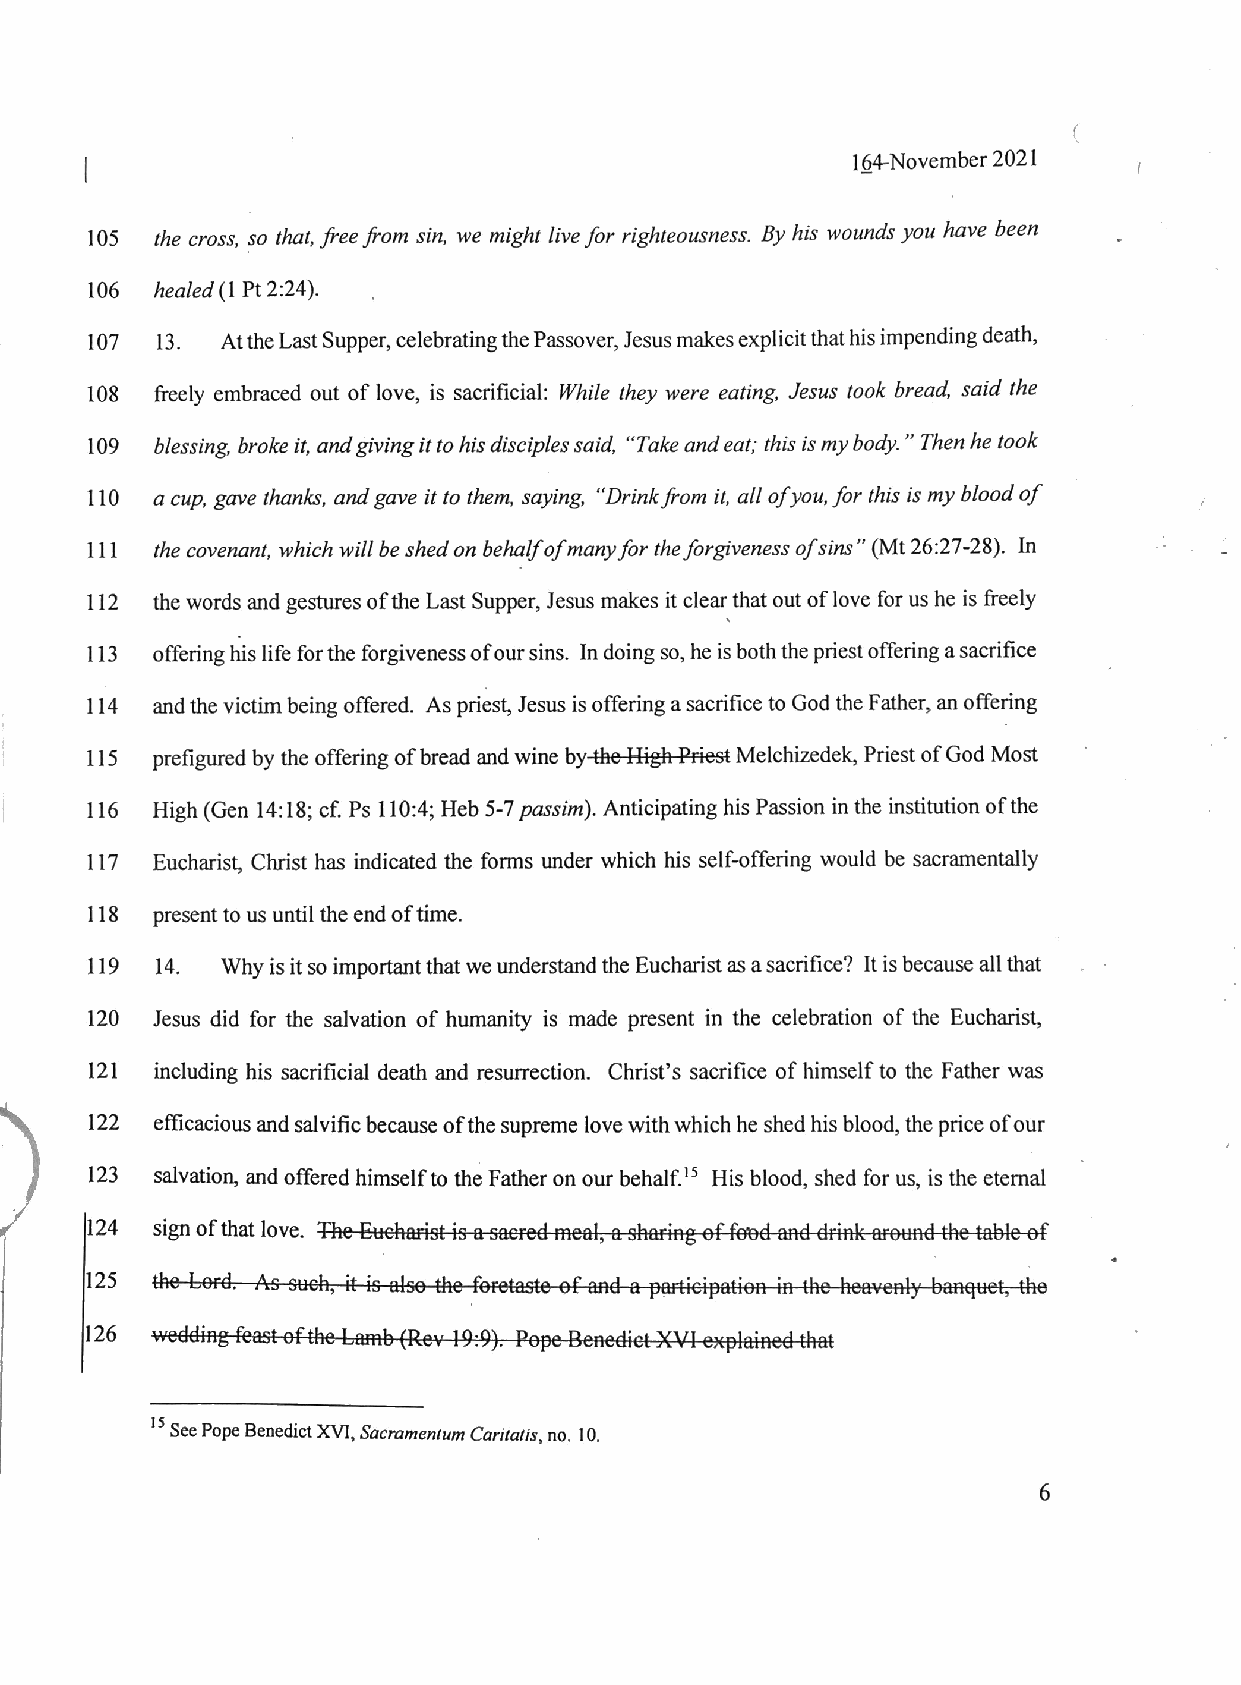
164-November 2021
 105 the cross, $0 that, freefrom sin, we might livefor righteousness. By his wounds you have been
 106 healed (1 Pt2:24).
 107 13.  AttheLastSupper, celebratingthe Passover, Jesusmakesexplicit thathis impendingdeath,
 108 freely embraced out of love, is sacrificial: While they were eating, Jesus took bread, said the
 109 blessing, broke it, andgiving itto his disciplessaid, ?Take andeat; this ismy body.? Then hetook
 110 a cup, gave thanks, andgave it to them, saying, ?Drinkfrom it, all ofyou, for this ismy blood of
 111 the covenant, which will beshedonbehalfofmanyfor theforgiveness ofsins? (Mt 26:27-28). In
 112 the words and gestures ofthe Last Supper, Jesus makes itclear that out of love for usheis freely
 113 offering his life forthe forgivenessofoursins. Indoingso, heisboththe priestoffering asacrifice
 114 andthe victimbeing offered. Aspriest, Jesus is offering asacrifice to God the Father, anoffering
 115 prefigured by the offering of bread andwine bythe-HighPriest Melchizedek, Priest ofGod Most
 116 High (Gen 14:18; cf. Ps 110:4; Heb 5-7passim). Anticipating his Passion inthe institutionofthe
 117 Eucharist, Christ has indicated the forms under which his self-offering would be sacramentally
 118 presentto usuntil the endoftime.
 119 14.  Why is itsoimportantthat we understandthe Eucharistasasacrifice? It isbecause all that
 120 Jesus did for the salvation of humanity is made present in the celebration of the Eucharist,
 121 including his sacrificial death and resurrection. Christ?s sacrifice of himselfto the Father was
 122 efficacious andsalvificbecauseofthe supreme love withwhich heshed his blood, the priceof our
 123 salvation, andoffered himselfto the Father on our behalf.'5 His blood, shed for us, is the etemal
 124 sign of that love.
 125
 126
 'SSeePope BenedictXVI, Sacramentum Caritatis,no. 10.